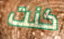
كنت